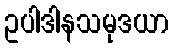
ဥပါဒါနသမုဒယာ